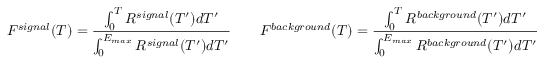
F ^ { s i g n a l } ( T ) = \frac { \int _ { 0 } ^ { T } R ^ { s i g n a l } ( T ^ { \prime } ) d T ^ { \prime } } { \int _ { 0 } ^ { E _ { m a x } } R ^ { s i g n a l } ( T ^ { \prime } ) d T ^ { \prime } } \qquad F ^ { b a c k g r o u n d } ( T ) = \frac { \int _ { 0 } ^ { T } R ^ { b a c k g r o u n d } ( T ^ { \prime } ) d T ^ { \prime } } { \int _ { 0 } ^ { E _ { m a x } } R ^ { b a c k g r o u n d } ( T ^ { \prime } ) d T ^ { \prime } }